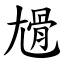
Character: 尳